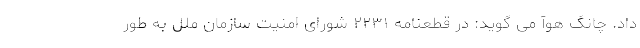
داد. چانگ هوآ می گوید: در قطعنامه ۲۲۳۱ شورای امنیت سازمان ملل به طور